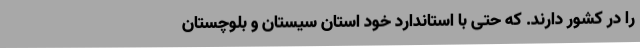
را در کشور دارند. که حتی با استاندارد خود استان سیستان و بلوچستان